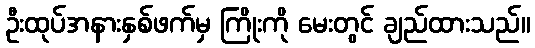
ဦးထုပ်အနားနှစ်ဖက်မှ ကြိုးကို မေးတွင် ချည်ထားသည်။